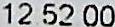
12:52:00